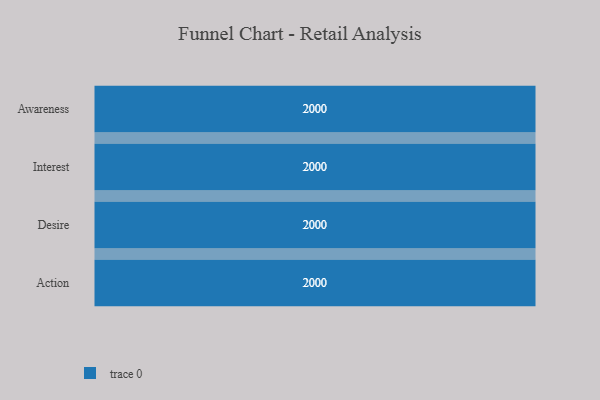
{"axis": {"x": "Stage", "y": "Value"}, "legend": [""], "data": [{"x": "Awareness", "y": 2000, "type": ""}, {"x": "Interest", "y": 2000, "type": ""}, {"x": "Desire", "y": 2000, "type": ""}, {"x": "Action", "y": 2000, "type": ""}]}